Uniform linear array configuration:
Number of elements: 32
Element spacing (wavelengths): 0.75
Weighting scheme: blackman
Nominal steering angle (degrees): -30
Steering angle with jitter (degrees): -31.874
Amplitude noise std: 0.05
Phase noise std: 0.05

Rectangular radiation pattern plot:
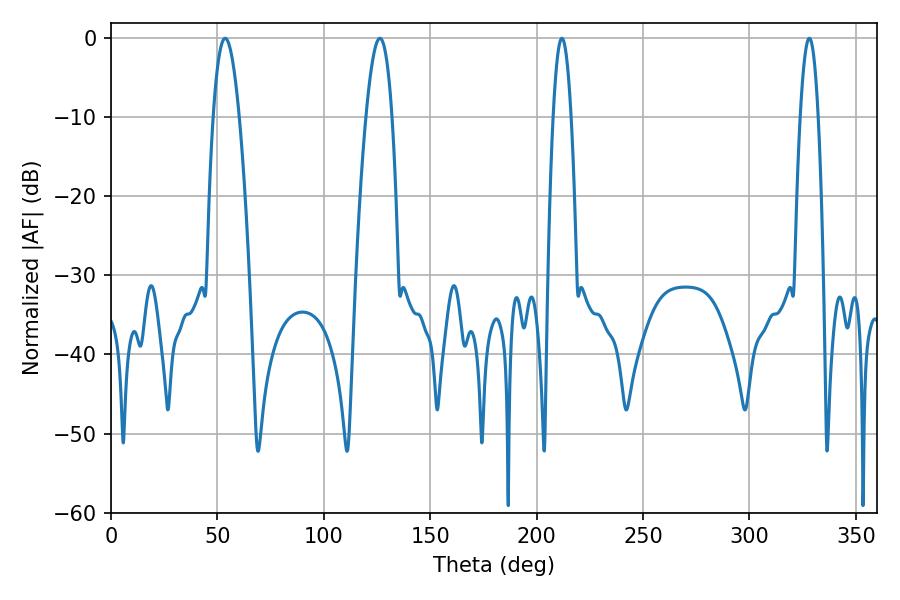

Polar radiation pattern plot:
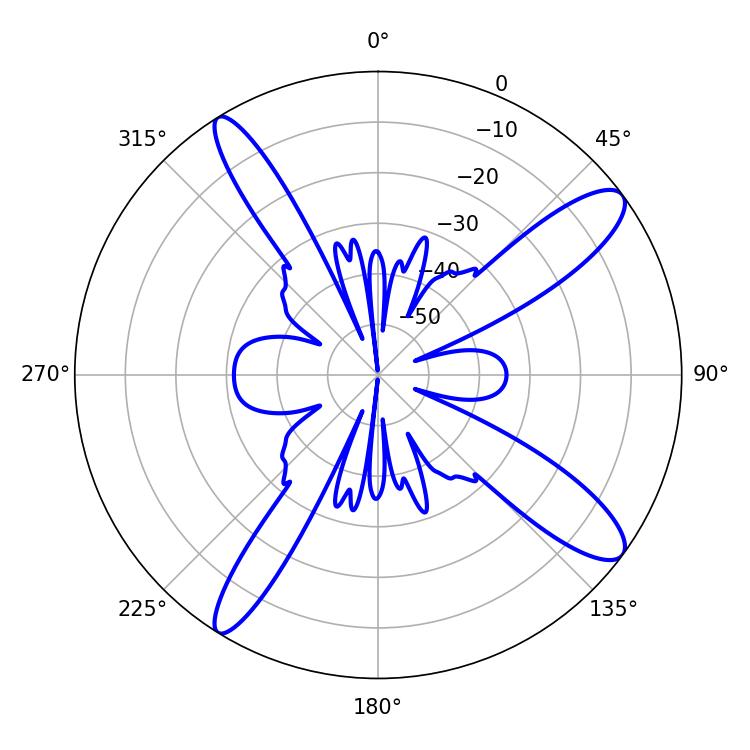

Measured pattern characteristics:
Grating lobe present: TRUE
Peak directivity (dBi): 12.545
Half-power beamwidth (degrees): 6.66
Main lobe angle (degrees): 53.64